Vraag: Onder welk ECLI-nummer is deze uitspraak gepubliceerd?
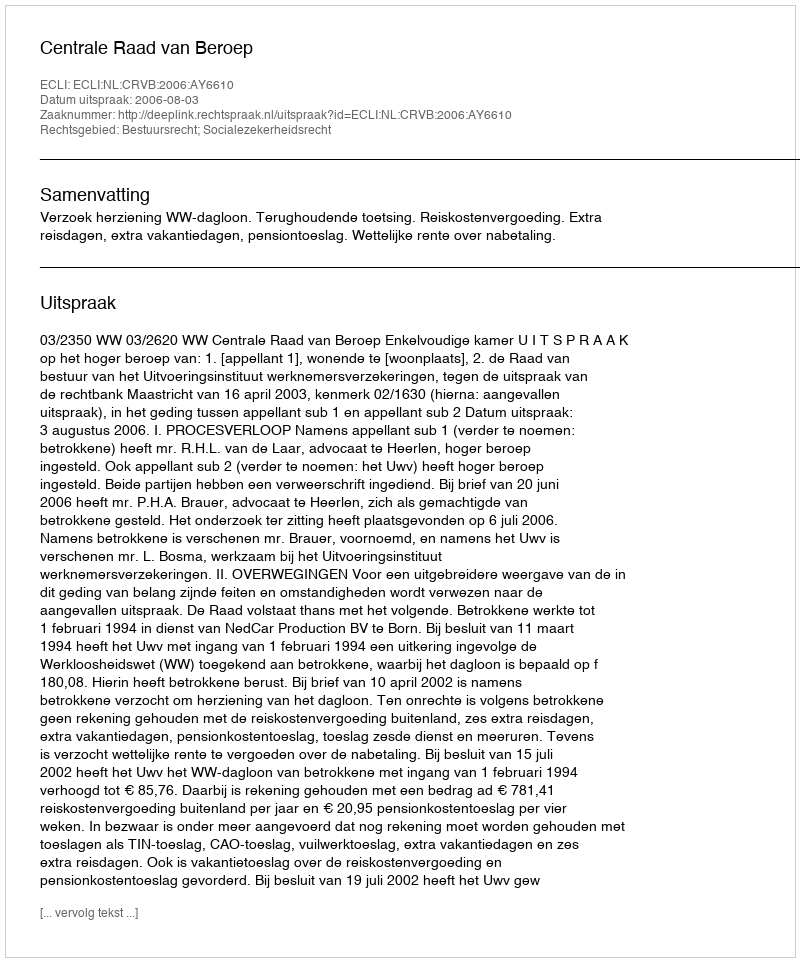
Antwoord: ECLI:NL:CRVB:2006:AY6610